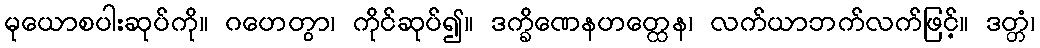
မုယောစပါးဆုပ်ကို။ ဂဟေတွာ၊ ကိုင်ဆုပ်၍။ ဒက္ခိဏေနဟတ္ထေန၊ လက်ယာဘက်လက်ဖြင့်။ ဒတ္တံ၊